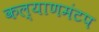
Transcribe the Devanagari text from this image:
कल्याणमंटप